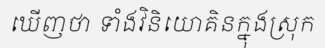
ឃើញថា ទាំងវិនិយោគិនក្នុងស្រុក